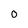
Character: 0